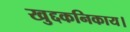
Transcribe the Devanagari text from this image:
खुद्दकनिकाय।